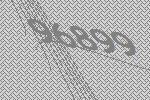
96899